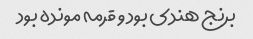
برنج هندی بود و قرمه مونده بود